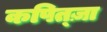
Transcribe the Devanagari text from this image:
कपित्ज़ा